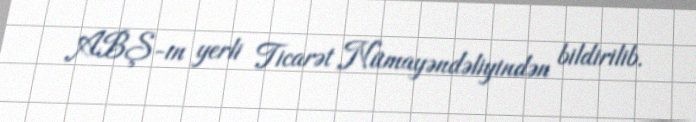
ABŞ-ın yerli Ticarət Nümayəndəliyindən bildirilib.